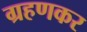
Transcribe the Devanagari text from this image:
ग्रहणकर